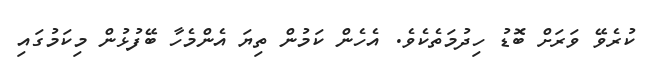
ކުރެވޭ ވަރަށް ބޮޑު ހިދުމަތެކެވެ. އެހެން ކަމުން ތިޔަ އެންމެހާ ބޭފުޅުން މިކަމުގައި